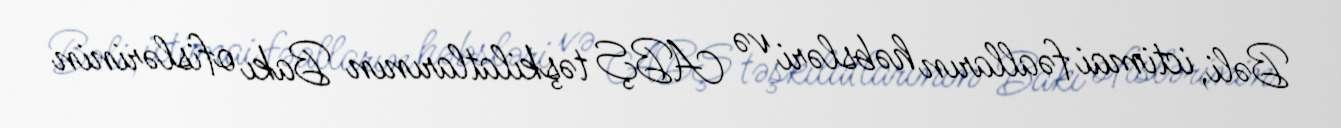
Bəli, ictimai fəalların həbsləri və ABŞ təşkilatlarının Bakı ofislərinin